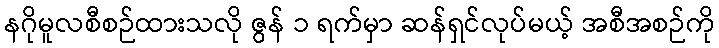
နဂိုမူလစီစဉ်ထားသလို ဇွန် ၁ ရက်မှာ ဆန်ရှင်လုပ်မယ့် အစီအစဉ်ကို